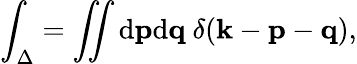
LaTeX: \int_{\Delta}=\iint\mathrm{d}{\mathbf{{p}}}\mathrm{d}{\mathbf{{q}}}\ \delta({\mathbf{{k}}}-{\mathbf{{p}}}-{\mathbf{{q}}}),